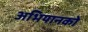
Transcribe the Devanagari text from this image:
अभियानको